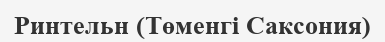
Ринтельн (Төменгі Саксония)